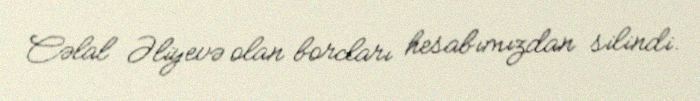
Cəlal Əliyevə olan borcları hesabımızdan silindi.